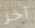
آخر